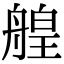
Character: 艎